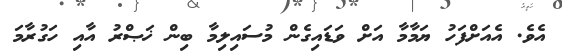
އެވެ. އެއަަށްފަހު ޔަމާމާ އަށް ވަޑައިގެން މުސައިލިމާ ބިން ޚަޞްރު އާއި ހަގުރާމަ